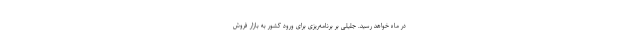
در ماه خواهد رسید. جلیلی بر برنامه‌ریزی برای ورود کشور به بازار فروش